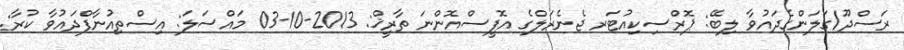
ރަސްދޫ/ގަލަންގެދައުވާ ލިބޭ: ޕޮރްސިކިއުޓަރ ޖެނެރަލްގެ އޮފީސްއޮންނަ ތާރީޚް: 2013-10-03 މައްސަލަ: އިސްތިއުނާފްދައުވާ ކުރާ: